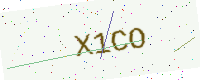
Text: X1CO